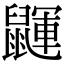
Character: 鼲